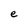
Character: e